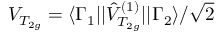
V _ { T _ { 2 g } } = \langle \Gamma _ { 1 } | | \hat { V } _ { T _ { 2 g } } ^ { ( 1 ) } | | \Gamma _ { 2 } \rangle / \sqrt { 2 }